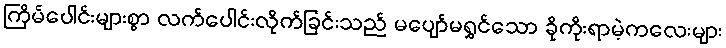
ကြိမ်ပေါင်းများစွာ လက်ပေါင်းလိုက်ခြင်းသည် မပျော်မရွှင်သော ခိုကိုးရာမဲ့ကလေးများ